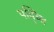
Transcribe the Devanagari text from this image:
पद्ध्‍ति